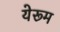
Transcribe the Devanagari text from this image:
येरूम